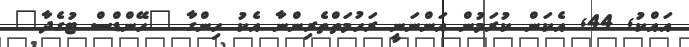
އައްކު